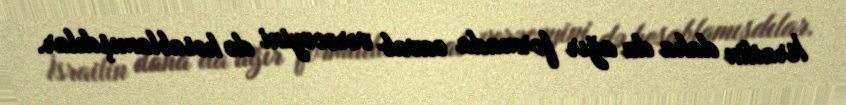
İsrailin daha da ağır formada cavab verəcəyini də hesablamışdılar.